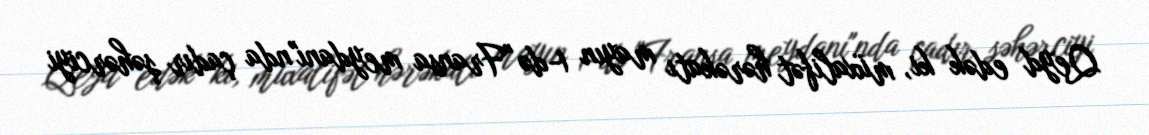
Qeyd edək ki, müxalifət hərəkatı mayın 1-də "Fransa meydanı"nda çadır şəhərciyi